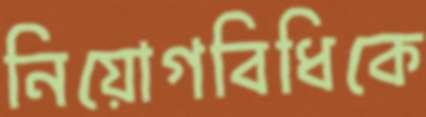
নিয়োগবিধিকে